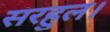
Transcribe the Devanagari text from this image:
सरहुल।